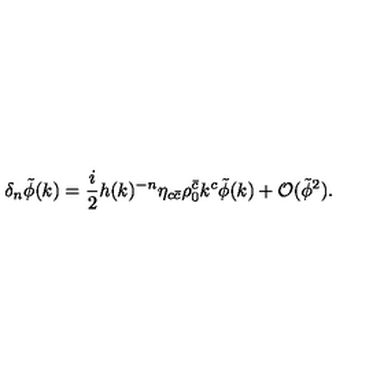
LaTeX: \delta _ { n } \tilde { \phi } ( k ) = \frac { i } { 2 } h ( k ) ^ { - n } \eta _ { c \bar { c } } \rho _ { 0 } ^ { \bar { c } } k ^ { c } \tilde { \phi } ( k ) + { \cal O } ( \tilde { \phi } ^ { 2 } ) .